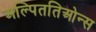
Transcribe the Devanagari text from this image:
अल्पिततिओन्स